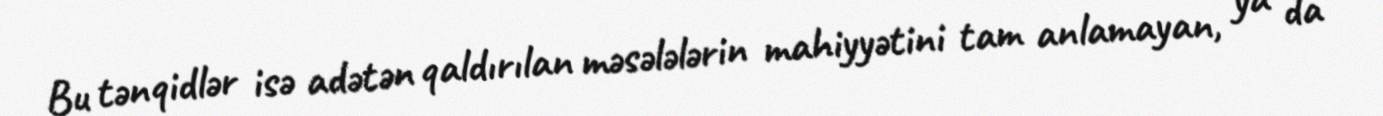
Bu tənqidlər isə adətən qaldırılan məsələlərin mahiyyətini tam anlamayan, ya da